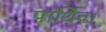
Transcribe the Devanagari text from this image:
पार्थिव।